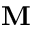
\mathbf { M }